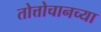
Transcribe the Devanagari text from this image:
तोत्तोचानच्या